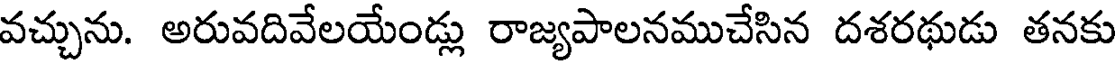
వచ్చును. అరువదివేలయేండ్లు రాజ్యపాలనముచేసిన దశరథుడు తనకు